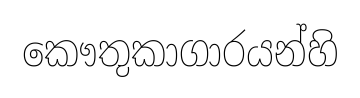
කෞතුකාගාරයන්හි